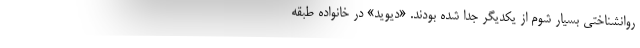
روانشناختی بسیار شوم از یکدیگر جدا شده بودند. «دیوید» در خانواده طبقه